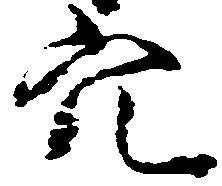
穴